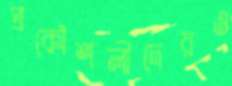
প্রকৌশলীদেরও